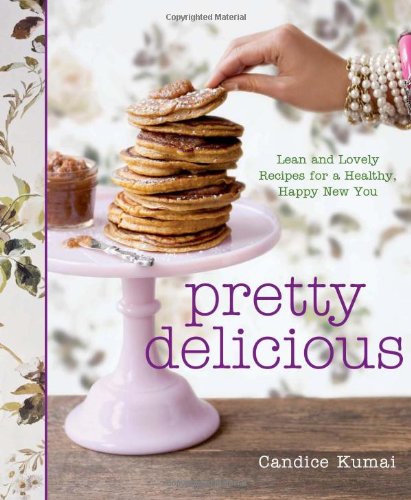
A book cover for Pretty Delicious: Lean and Lovely Recipes for a Healthy, Happy New You; Candice Kumai; Cookbooks, Food & Wine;